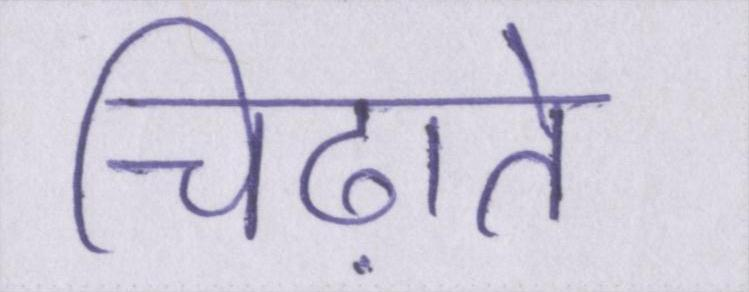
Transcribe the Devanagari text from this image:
चिढ़ाते